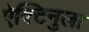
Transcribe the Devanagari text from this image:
ऐक्टिनुला